Vaccination in Bombay 1889-1901 - 1889-1901
Year: 1889
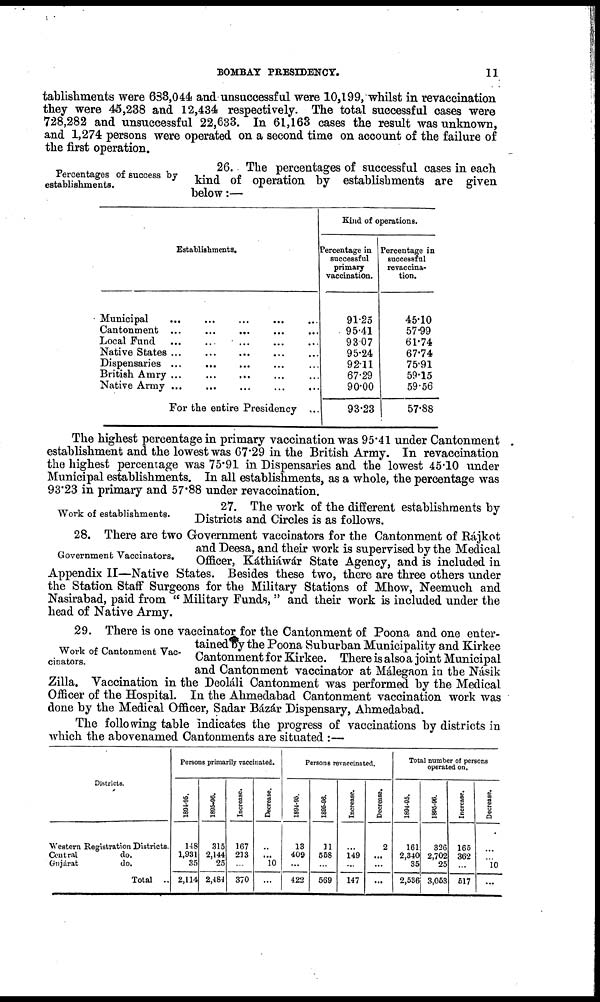
BOMBAY PRESIDENCY.
11
tablishments were 633,044 and unsuccessful were 10,199, whilst in revaccination
they were 45,238 and 12,434 respectively. The total successful cases were
728,282 and unsuccessful 22,633. In 61,163 cases the result was unknown,
and 1,274 persons were operated on a second time on account of the failure of
the first operation.
Percentages of success by
establishments.
26. The percentages of successful cases in each
kind of operation by establishments are given
below:—
Establishments.
Municipal ... ... ... ... ...
Cantonment ... ... ... ... ...
Local Fund
...
...
...
...
...
Native States ... ... ... ... ...
Dispensaries ... ... ... ... ...
British Amry ... ... ... ... ...
Native Army ... ... ... ... ...
For the entire Presidency ...
Kind of operations.
Percentage in
successful
primary
vaccination.
91.25
95.41
93.07
95.24
92.11
67.29
90.00
93.23
Percentage in
successful
revaccina-
tion.
45.10
57.99
61.74
67.74
75.91
59.15
59.56
57.88
The highest percentage in primary vaccination was 95.41 under Cantonment
establishment and the lowest was 67.29 in the British Army. In revaccination
the highest percentage was 75.91 in Dispensaries and the lowest 45.10 under
Municipal establishments. In all establishments, as a whole, the percentage was
93.23 in primary and 57.88 under revaccination.
Work of establishments.
27. The work of the different establishments by
Districts and Circles is as follows.
Government Vaccinators.
28. There are two Government vaccinators for the Cantonment of Rájkot
and Deesa, and their work is supervised by the Medical
Officer, Káthiáwár State Agency, and is included in
Appendix II—Native States. Besides these two, there are three others under
the Station Staff Surgeons for the Military Stations of Mhow, Neemuch and
Nasirabad, paid from " Military Funds, " and their work is included under the
head of Native Army.
Work of Cantonment Vac-
cinators.
29. There is one vaccinator for the Cantonment of Poona and one enter-
tained by the Poona Suburban Municipality and Kirkee
Cantonment for Kirkee. There is also a joint Municipal
and Cantonment vaccinator at Málegaon in the Násik
Zilla. Vaccination in the Deoláli Cantonment was performed by the Medical
Officer of the Hospital. In the Ahmedabad Cantonment vaccination work was
done by the Medical Officer, Sadar Bázár Dispensary, Ahmedabad.
The following table indicates the progress of vaccinations by districts in
which the abovenamed Cantonments are situated :—
Districts.
Western Registration Districts.
Central
do.
Gujárat
do.
Total ..
Persons primarily vaccinated.
1894-95.
148
1,931
35
2,114
1895-96.
315
2,144
25
2,484
Increase.
167
213
...
370
Decrease.
..
...
10
...
Persons revaccinated.
1894-95.
13
409
...
422
1895-96.
31
558
...
569
Increase.
...
149
...
147
Decrease.
2
...
...
...
Total number of persons
operated on.
1894-95.
161
2,340
35
2,536
1895-96.
326
2,702
25
3,053
Increase.
165
362
...
517
Decrease.
...
...
10
...